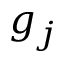
g _ { j }